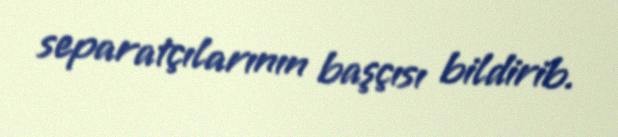
separatçılarının başçısı bildirib.